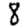
Digit: 8